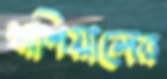
খাশিয়ালের